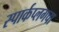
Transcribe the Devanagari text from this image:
स्पार्कप्लगचा